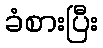
ခံစားပြီး